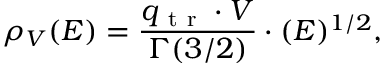
\rho _ { V } ( E ) = \frac { q _ { \mathrm { ~ t ~ r ~ } } \cdot V } { \Gamma ( 3 / 2 ) } \cdot ( E ) ^ { 1 / 2 } ,